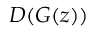
D ( G ( z ) )